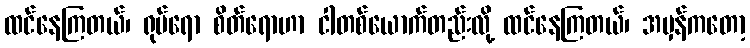
ထင်နေကြတယ်၊ ရုပ်ရော စိတ်ရောဟာ ငါတစ်ယောက်တည်းလို့ ထင်နေကြတယ်၊ အမှန်ကတော့